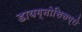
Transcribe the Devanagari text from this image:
डायग्नोसिसप्रो